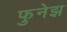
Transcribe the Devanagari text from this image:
फुनेझ